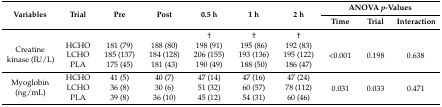
<table><thead><tr><td rowspan="2"><b>Variables</b></td><td rowspan="2"><b>Trial</b></td><td rowspan="2"><b>Pre</b></td><td rowspan="2"><b>Post</b></td><td rowspan="2"><b>0.5 h</b></td><td rowspan="2"><b>1 h</b></td><td rowspan="2"><b>2 h</b></td><td colspan="3"><b>ANOVA <i>p</i>-Values</b></td></tr><tr><td><b>Time</b></td><td><b>Trial</b></td><td><b>Interaction</b></td></tr></thead><tbody><tr><td></td><td></td><td></td><td></td><td>†</td><td>†</td><td>†</td><td></td><td></td><td></td></tr><tr><td rowspan="3">Creatine kinase (IU/L)</td><td>HCHO</td><td>181 (79)</td><td>188 (80)</td><td>198 (91)</td><td>195 (86)</td><td>192 (83)</td><td rowspan="3">&lt;0.001</td><td rowspan="3">0.198</td><td rowspan="3">0.638</td></tr><tr><td>LCHO</td><td>185 (137)</td><td>184 (128)</td><td>206 (155)</td><td>193 (136)</td><td>195 (122)</td></tr><tr><td>PLA</td><td>175 (45)</td><td>181 (43)</td><td>190 (49)</td><td>188 (50)</td><td>186 (47)</td></tr><tr><td rowspan="3">Myoglobin (ng/mL)</td><td>HCHO</td><td>41 (5)</td><td>40 (7)</td><td>47 (14)</td><td>47 (16)</td><td>47 (24)</td><td rowspan="3">0.031</td><td rowspan="3">0.033</td><td rowspan="3">0.471</td></tr><tr><td>LCHO</td><td>36 (8)</td><td>30 (6)</td><td>51 (32)</td><td>60 (57)</td><td>78 (112)</td></tr><tr><td>PLA</td><td>39 (8)</td><td>36 (10)</td><td>45 (12)</td><td>54 (31)</td><td>60 (46)</td></tr></tbody></table>